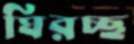
ঘিরচ্ছ